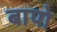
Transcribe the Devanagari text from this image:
बापो